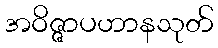
အဝိဇ္ဇာပဟာနသုတ်